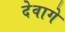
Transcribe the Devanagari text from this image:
देवागे